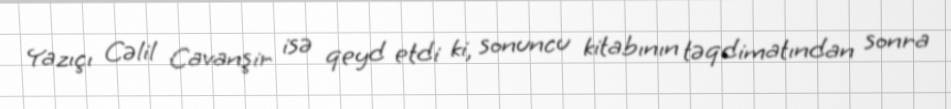
Yazıçı Cəlil Cavanşir isə qeyd etdi ki, sonuncu kitabının təqdimatından sonra